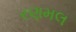
રણમલ